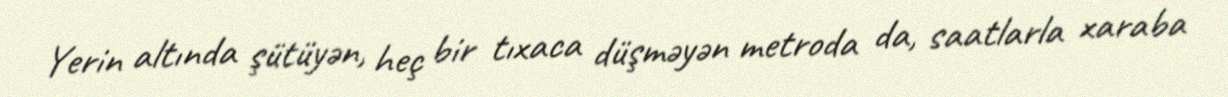
Yerin altında şütüyən, heç bir tıxaca düşməyən metroda da, saatlarla xaraba